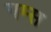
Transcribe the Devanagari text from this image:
गम्स